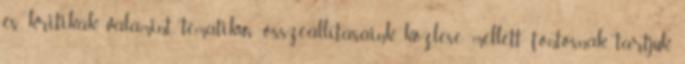
és kritikák, valamint tematikus összeállításaink közlése mellett fontosnak tartjuk,